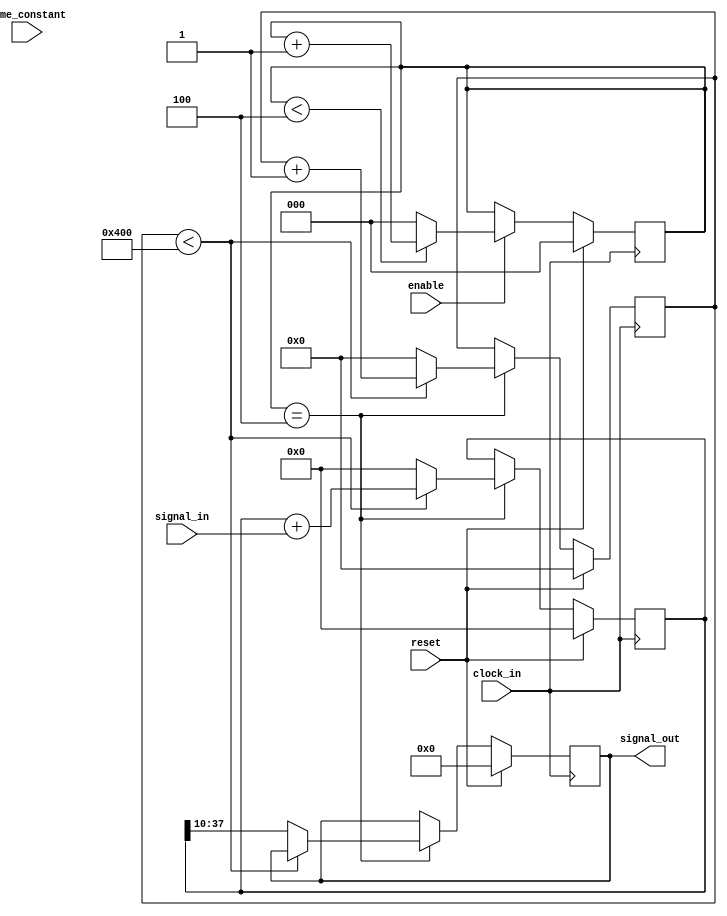
`timescale 1ns / 1ps
//////////////////////////////////////////////////////////////////////////////////
// Company: 
// Engineer: 
// 
// Design Name: 
// Module Name:    lowp2 
// Project Name: 
// Target Devices: 
// Tool versions: 
// Description: 
//
// Dependencies: 
//
// Revision: 
// Revision 0.01 - File Created
// Additional Comments: 
//
//////////////////////////////////////////////////////////////////////////////////
module lowp3(signal_in,
                                signal_out, //time constant is actually parameter equal to e^-1/d where d is number of samples time constant
										  time_constant,
                                clock_in,
                                reset,
										  enable//,
										//  signal_out_tmp
										  );

input enable;
input   signed  [27:0]  signal_in;
output  reg signed  [27:0]  signal_out;
input   signed  [4:0]  time_constant;
input   clock_in;
input   reset;          //reset filter on reset high.
integer z;

function integer log2(input integer v); begin log2=0; while(v>>log2) log2=log2+1; end endfunction
parameter N=1024;
parameter N2=log2(N)-1;
parameter down_sample=1;
reg signed[27:0] signal_in_1; 
parameter N_down_sample=4;
parameter N2_down_sample=log2(N_down_sample)-1;
reg[N2_down_sample:0] down_sample_clk;

reg[N2:0] count;
reg signed [28+N2-1:0]  signal_out_tmp;

always@(posedge clock_in)
begin
	if(reset)
	begin
		signal_in_1<=0;
		down_sample_clk<=0;
	end
	else
	begin
		if(enable)
		begin
			if(down_sample_clk<N_down_sample)
			begin
				down_sample_clk<=down_sample_clk+1'b1;			
			end
			else
			begin
				signal_in_1<=signal_in;
				down_sample_clk<=0;
			end
		end
	end
end

always@(posedge clock_in)
begin
	if(reset)
	begin
		signal_out_tmp<=0;
		count<=0;
		signal_out<=0;
	end
	else
	begin
		if(down_sample_clk==N_down_sample)
		begin
			if(count<N)
			begin
				count<=count+1'b1;
				signal_out_tmp<=signal_out_tmp+signal_in;
			end
			else
			begin
				count<=0;
				signal_out<=signal_out_tmp[27+N2:N2];
				signal_out_tmp<=0;
			end
		end
	end
end



endmodule